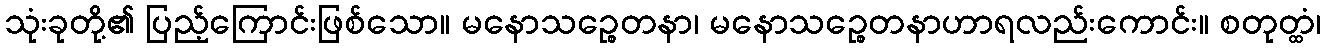
သုံးခုတို့၏ ပြည့်ကြောင်းဖြစ်သော။ မနောသဉ္စေတနာ၊ မနောသဉ္စေတနာဟာရလည်းကောင်း။ စတုတ္ထံ၊